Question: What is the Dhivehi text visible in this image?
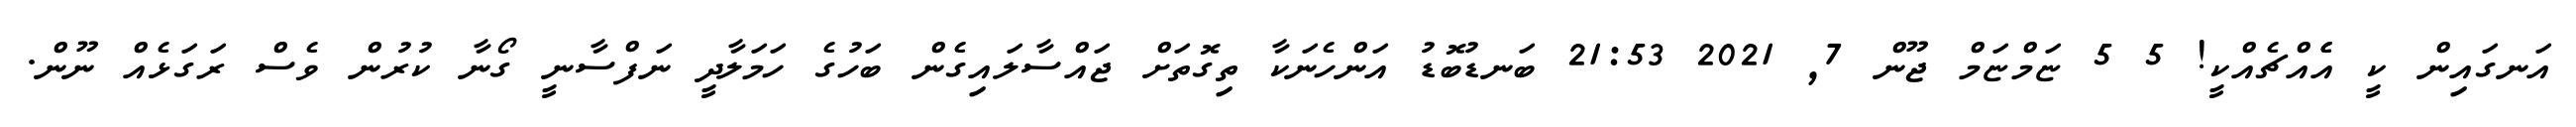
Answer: އަނގައިން ކީ އެެއްޗެއްކީ! 5 5 ޏަމްޏަމް ޖޫން 7, 2021 21:53 ބަނޑުބޮޑު އަންހެނަކާ ތިގޮތަށް ޖައްސާލައިގެން ބަހުގެ ހަމަލާދީ ނަފްސާނީ ގޯނާ ކުރުން ވެސް ރަގަޅެއް ނޫން.